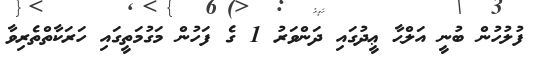
ފުލުހުން ބުނީ އަލްޙާ ޢީދުގައި ދަންވަރު 1 ގެ ފަހުން މަގުމަތީގައި ހަރަކާތްތެރިވާ